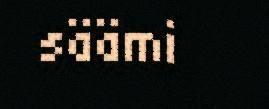
säämi